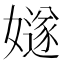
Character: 嬘